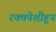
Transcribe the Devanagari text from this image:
रक्तपेशीहून